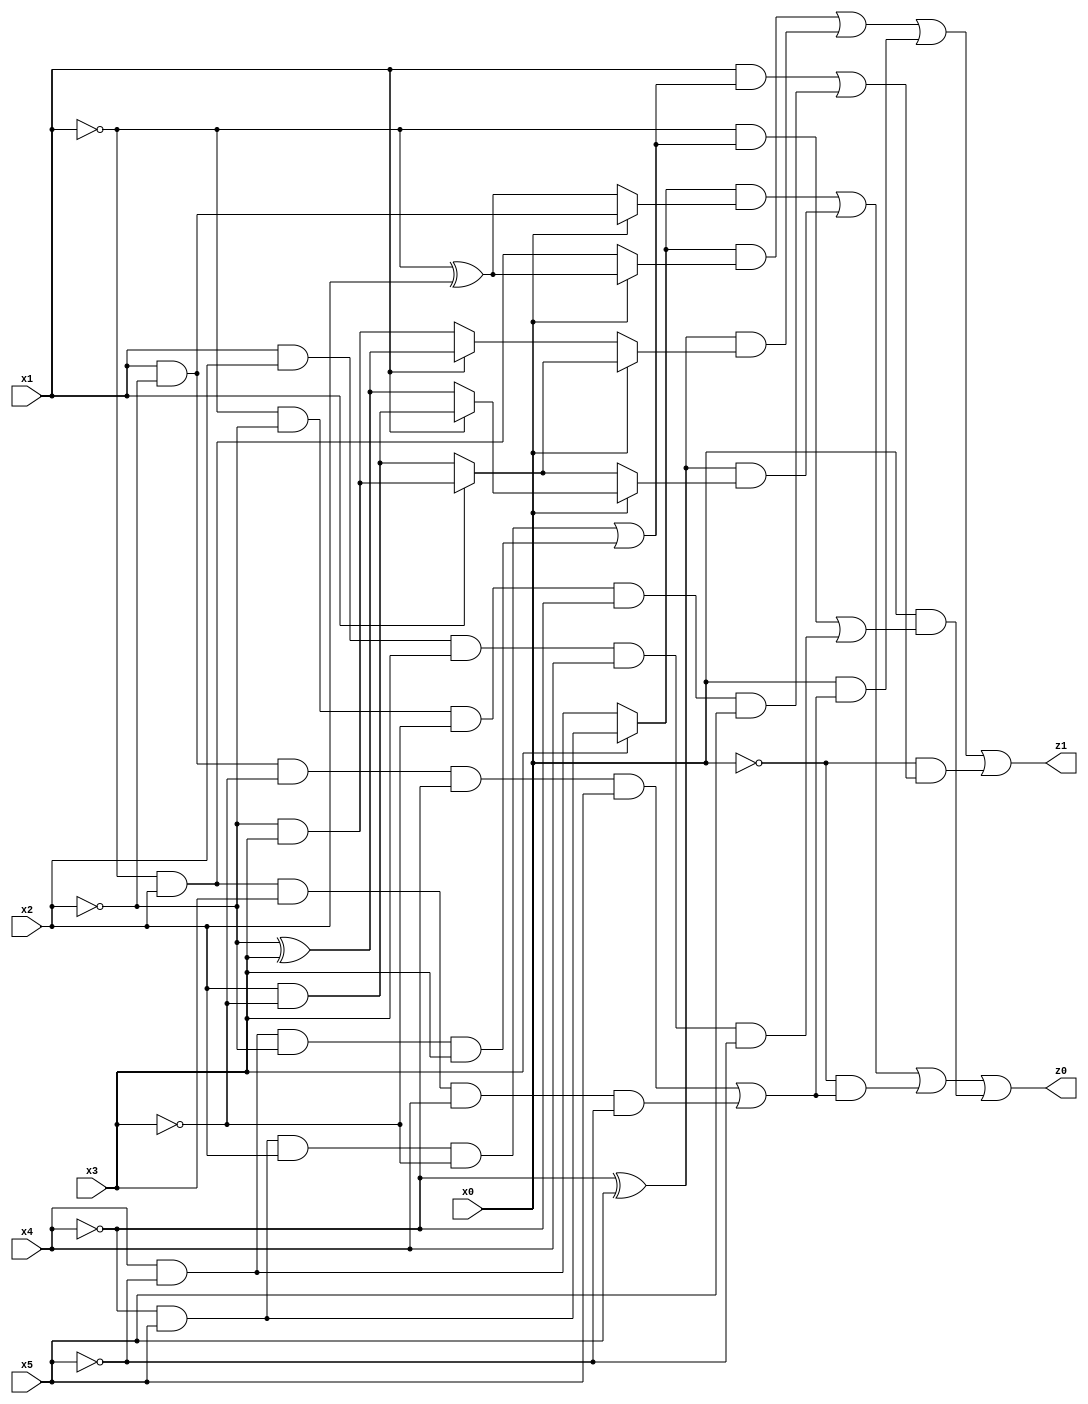
// Benchmark "q_9" written by ABC on Mon Jul 10 19:24:55 2023

module q_9 ( 
    x0, x1, x2, x3, x4, x5,
    z0, z1  );
  input  x0, x1, x2, x3, x4, x5;
  output z0, z1;
  assign z0 = ((x3 ? (~x4 & x5) : (x4 & ~x5)) & (x0 ? (x1 & ~x2) : (~x1 ^ x2))) | ((~x4 ^ x5) & (x0 ? (x1 ? (x2 & ~x3) : (~x2 ^ x3)) : (x1 ? (~x2 & x3) : (x2 & ~x3)))) | (~x0 & ((x1 & ~x2 & ~x3 & ~x4 & x5) | (~x1 & x2 & x3 & x4 & ~x5))) | (x0 & ((~x1 & ((~x4 & x5 & x2 & ~x3) | (x4 & ~x5 & ~x2 & x3))) | (x1 & x2 & x3 & x4 & ~x5)));
  assign z1 = ((x3 ? (~x4 & x5) : (x4 & ~x5)) & (x0 ? (~x1 ^ x2) : (~x1 & x2))) | ((~x4 ^ x5) & (x0 ? (x1 ? (~x2 & x3) : (x2 & ~x3)) : (x1 ? (~x2 ^ x3) : (~x2 & x3)))) | (x0 & ((x1 & ~x2 & ~x3 & ~x4 & x5) | (~x1 & x2 & x3 & x4 & ~x5))) | (~x0 & ((x1 & ((~x4 & x5 & x2 & ~x3) | (x4 & ~x5 & ~x2 & x3))) | (~x1 & ~x2 & ~x3 & ~x4 & x5)));
endmodule